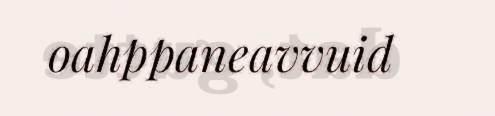
oahppaneavvuid